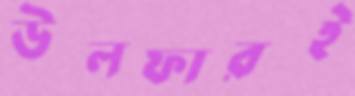
উলফারই